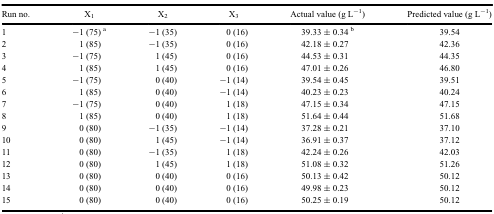
<table><thead><tr><td><b>Run no.</b></td><td><b>X<sub>1</sub></b></td><td><b>X<sub>2</sub></b></td><td><b>X<sub>3</sub></b></td><td><b>Actual value (g L<sup>−1</sup>)</b></td><td><b>Predicted value (g L<sup>−1</sup>)</b></td></tr></thead><tbody><tr><td>1</td><td>−1 (75) <sup>a</sup></td><td>−1 (35)</td><td>0 (16)</td><td>39.33 ± 0.34 <sup>b</sup></td><td>39.54</td></tr><tr><td>2</td><td>1 (85)</td><td>−1 (35)</td><td>0 (16)</td><td>42.18 ± 0.27</td><td>42.36</td></tr><tr><td>3</td><td>−1 (75)</td><td>1 (45)</td><td>0 (16)</td><td>44.53 ± 0.31</td><td>44.35</td></tr><tr><td>4</td><td>1 (85)</td><td>1 (45)</td><td>0 (16)</td><td>47.01 ± 0.26</td><td>46.80</td></tr><tr><td>5</td><td>−1 (75)</td><td>0 (40)</td><td>−1 (14)</td><td>39.54 ± 0.45</td><td>39.51</td></tr><tr><td>6</td><td>1 (85)</td><td>0 (40)</td><td>−1 (14)</td><td>40.23 ± 0.23</td><td>40.24</td></tr><tr><td>7</td><td>−1 (75)</td><td>0 (40)</td><td>1 (18)</td><td>47.15 ± 0.34</td><td>47.15</td></tr><tr><td>8</td><td>1 (85)</td><td>0 (40)</td><td>1 (18)</td><td>51.64 ± 0.44</td><td>51.68</td></tr><tr><td>9</td><td>0 (80)</td><td>−1 (35)</td><td>−1 (14)</td><td>37.28 ± 0.21</td><td>37.10</td></tr><tr><td>10</td><td>0 (80)</td><td>1 (45)</td><td>−1 (14)</td><td>36.91 ± 0.37</td><td>37.12</td></tr><tr><td>11</td><td>0 (80)</td><td>−1 (35)</td><td>1 (18)</td><td>42.24 ± 0.26</td><td>42.03</td></tr><tr><td>12</td><td>0 (80)</td><td>1 (45)</td><td>1 (18)</td><td>51.08 ± 0.32</td><td>51.26</td></tr><tr><td>13</td><td>0 (80)</td><td>0 (40)</td><td>0 (16)</td><td>50.13 ± 0.42</td><td>50.12</td></tr><tr><td>14</td><td>0 (80)</td><td>0 (40)</td><td>0 (16)</td><td>49.98 ± 0.23</td><td>50.12</td></tr><tr><td>15</td><td>0 (80)</td><td>0 (40)</td><td>0 (16)</td><td>50.25 ± 0.19</td><td>50.12</td></tr></tbody></table>